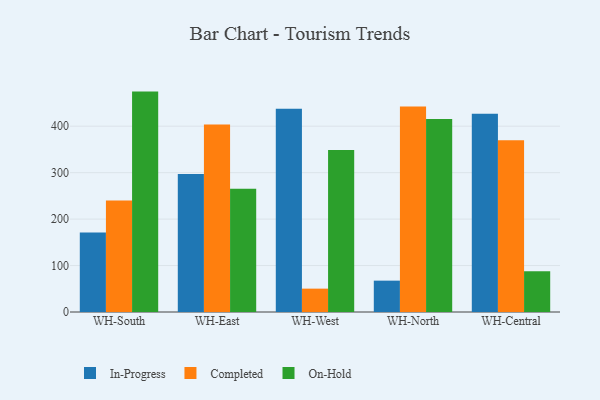
{"axis": {"x": "Warehouse", "y": "Inventory Turnover"}, "legend": ["Completed", "In-Progress", "On-Hold"], "data": [{"x": "WH-South", "y": 171.4, "type": "In-Progress"}, {"x": "WH-South", "y": 240.2, "type": "Completed"}, {"x": "WH-South", "y": 474.5, "type": "On-Hold"}, {"x": "WH-East", "y": 297.1, "type": "In-Progress"}, {"x": "WH-East", "y": 403.6, "type": "Completed"}, {"x": "WH-East", "y": 265.2, "type": "On-Hold"}, {"x": "WH-West", "y": 437.4, "type": "In-Progress"}, {"x": "WH-West", "y": 50.3, "type": "Completed"}, {"x": "WH-West", "y": 349.0, "type": "On-Hold"}, {"x": "WH-North", "y": 67.5, "type": "In-Progress"}, {"x": "WH-North", "y": 442.3, "type": "Completed"}, {"x": "WH-North", "y": 415.3, "type": "On-Hold"}, {"x": "WH-Central", "y": 426.9, "type": "In-Progress"}, {"x": "WH-Central", "y": 370.0, "type": "Completed"}, {"x": "WH-Central", "y": 87.9, "type": "On-Hold"}]}